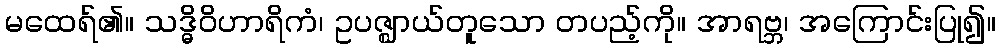
မထေရ်၏။ သဒ္ဓိဝိဟာရိကံ၊ ဥပဇ္ဈာယ်တူသော တပည့်ကို။ အာရဗ္ဘ၊ အကြောင်းပြု၍။